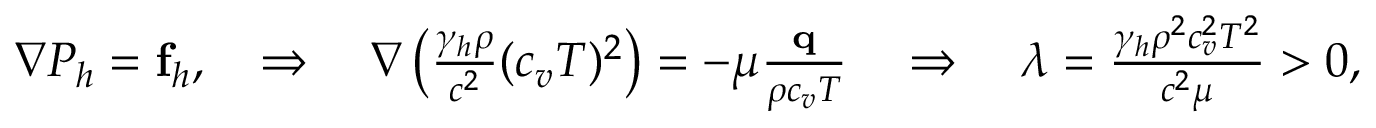
\begin{array} { r } { \nabla P _ { h } = \mathbf f _ { h } , \quad \Rightarrow \quad \nabla \left( \frac { \gamma _ { h } \rho } { c ^ { 2 } } ( c _ { v } T ) ^ { 2 } \right) = - \mu \frac { \mathbf q } { \rho c _ { v } T } \quad \Rightarrow \quad \lambda = \frac { \gamma _ { h } \rho ^ { 2 } c _ { v } ^ { 2 } T ^ { 2 } } { c ^ { 2 } \mu } > 0 , } \end{array}